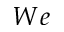
W e